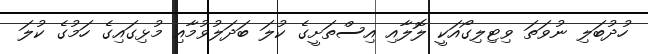
ހުދުބަލި ނުވަތަ ވިޓިލިގޯއަކީ ލޮލާއި އިސްތަށީގެ ކުލަ ބަދަލުވުމާއި މުޅިގައިގެ ހަމުގެ ކުލަ